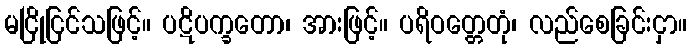
မငြိုငြင်သဖြင့်။ ပဋိပက္ခတော၊ အားဖြင့်။ ပရိဝတ္တေတုံ၊ လည်စေခြင်းငှာ။